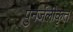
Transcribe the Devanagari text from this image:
पुनर्जलीकृत